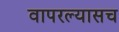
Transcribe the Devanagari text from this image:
वापरल्यासच